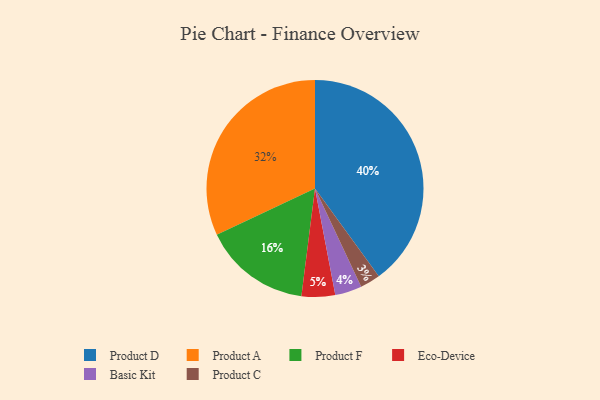
{"axis": {"x": "Category", "y": "Percentage"}, "legend": ["Basic Kit", "Eco-Device", "Product A", "Product C", "Product D", "Product F"], "data": [{"x": "Basic Kit", "y": 4, "type": "Basic Kit"}, {"x": "Product C", "y": 3, "type": "Product C"}, {"x": "Product D", "y": 40, "type": "Product D"}, {"x": "Product A", "y": 32, "type": "Product A"}, {"x": "Eco-Device", "y": 5, "type": "Eco-Device"}, {"x": "Product F", "y": 16, "type": "Product F"}]}